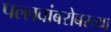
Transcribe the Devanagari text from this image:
पल्लवांबरोबरच्या